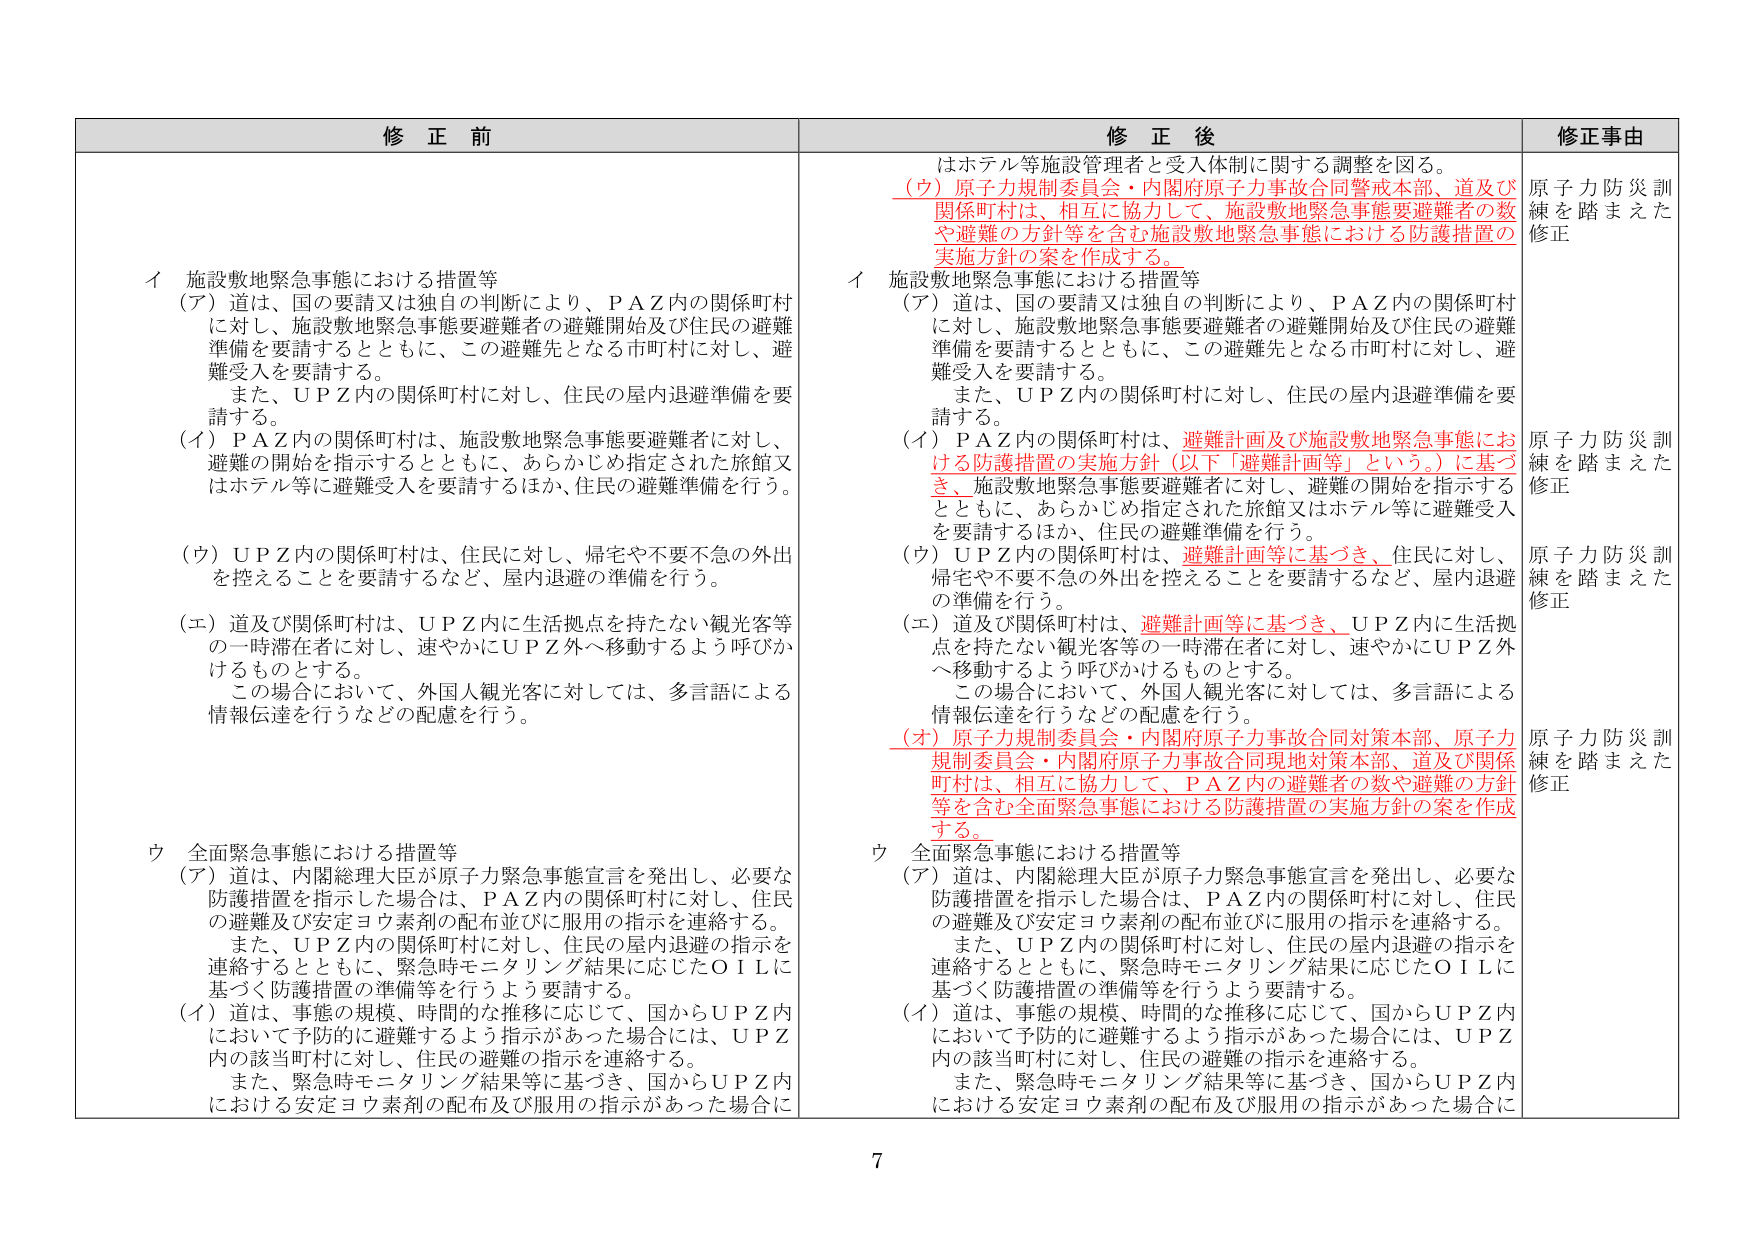
修正前

イ 施設敷地緊急事態における措置等
（ア）道は、国の要請又は独自の判断により、ＰＡＺ内の関係町村
に対し、施設敷地緊急事態要避難者の避難開始及び住民の避難
準備を要請するとともに、この避難先となる市町村に対し、避
難受入を要請する。
　また、ＵＰＺ内の関係町村に対し、住民の屋内退避準備を要
請する。
（イ）ＰＡＺ内の関係町村は、施設敷地緊急事態要避難者に対し、
避難の開始を指示するとともに、あらかじめ指定された旅館又
はホテル等に避難受入を要請するほか、住民の避難準備を行う。
（ウ）ＵＰＺ内の関係町村は、住民に対し、帰宅や不要急の外出
を控えることを要請するなど、屋内退避の準備を行う。
（エ）道及び関係町村は、ＵＰＺ内に生活拠点を持たない観光客等
の一時滞在者に対し、速やかにＵＰＺ外へ移動するよう呼びか
けるものとする。
　この場合において、外国人観光客に対しては、多言語による
情報伝達を行うなどの配慮を行う。

ウ 全面緊急事態における措置等
（ア）道は、内閣総理大臣が原子力緊急事態宣言を発出し、必要な
防護措置を指示した場合は、ＰＡＺ内の関係町村に対し、住民
の避難及び安定ヨウ素剤の配布並びに服用の指示を連絡する。
　また、ＵＰＺ内の関係町村に対し、住民の屋内退避の指示を
連絡するとともに、緊急時モニタリング結果に応じたＯＩＬに
基づく防護措置の準備等を行うよう要請する。
（イ）道は、事態の規模、時間的な推移に応じて、国からＵＰＺ内
において予防的に避難するよう指示があった場合には、ＵＰＺ
内の該当町村に対し、住民の避難の指示を連絡する。
　また、緊急時モニタリング結果等に基づき、国からＵＰＺ内
における安定ヨウ素剤の配布及び服用の指示があった場合に

修正後

はホテル等施設管理者と受入体制に関する調整を図る。
（ウ）原子力規制委員会・内閣府原子力事故合同警戒本部、道及び
関係町村は、相互に協力して、施設敷地緊急事態要避難者の数
や避難の方針等を含む施設敷地緊急事態における防護措置の
実施方針の案を作成する。
イ 施設敷地緊急事態における措置等
（ア）道は、国の要請又は独自の判断により、ＰＡＺ内の関係町村
に対し、施設敷地緊急事態要避難者の避難開始及び住民の避難
準備を要請するとともに、この避難先となる市町村に対し、避
難受入を要請する。
　また、ＵＰＺ内の関係町村に対し、住民の屋内退避準備を要
請する。
（イ）ＰＡＺ内の関係町村は、避難計画及び施設敷地緊急事態にお
ける防護措置の実施方針（以下「避難計画等」という。）に基づ
き、施設敷地緊急事態要避難者に対し、避難の開始を指示する
とともに、あらかじめ指定された旅館又はホテル等に避難受入
を要請するほか、住民の避難準備を行う。
（ウ）ＵＰＺ内の関係町村は、避難計画等に基づき、住民に対し、
帰宅や不要急の外出を控えることを要請するなど、屋内退避
の準備を行う。
（エ）道及び関係町村は、避難計画等に基づき、ＵＰＺ内に生活拠
点を持たない観光客等の一時滞在者に対し、速やかにＵＰＺ外
へ移動するよう呼びかけるものとする。
　この場合において、外国人観光客に対しては、多言語による
情報伝達を行うなどの配慮を行う。
（オ）原子力規制委員会・内閣府原子力事故合同対策本部、原子力
規制委員会・内閣府原子力事故合同現地対策本部、道及び関係
町村は、相互に協力して、ＰＡＺ内の避難者の数や避難の方針
等を含む全面緊急事態における防護措置の実施方針の案を作成
する。
ウ 全面緊急事態における措置等
（ア）道は、内閣総理大臣が原子力緊急事態宣言を発出し、必要な
防護措置を指示した場合は、ＰＡＺ内の関係町村に対し、住民
の避難及び安定ヨウ素剤の配布並びに服用の指示を連絡する。
　また、ＵＰＺ内の関係町村に対し、住民の屋内退避の指示を
連絡するとともに、緊急時モニタリング結果に応じたＯＩＬに
基づく防護措置の準備等を行うよう要請する。
（イ）道は、事態の規模、時間的な推移に応じて、国からＵＰＺ内
において予防的に避難するよう指示があった場合には、ＵＰＺ
内の該当町村に対し、住民の避難の指示を連絡する。
　また、緊急時モニタリング結果等に基づき、国からＵＰＺ内
における安定ヨウ素剤の配布及び服用の指示があった場合に

修正事由

原子力防災訓練を踏まえた修正
原子力防災訓練を踏まえた修正
原子力防災訓練を踏まえた修正
原子力防災訓練を踏まえた修正

7